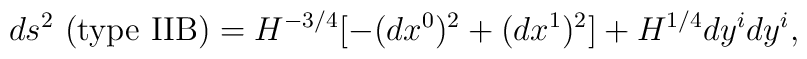
ds^2~ ({\rm type ~IIB}) = H^{-3/4} [ - (d x^0)^2 + (d x^1)^2 ] + H^{1/4} dy^i dy^i,